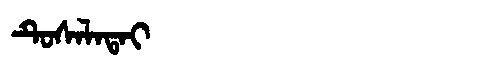
Manchu: ᡨᡠᠰᠠᠯᠠᡨᠠᡳ
Romanization: TUSALATAI